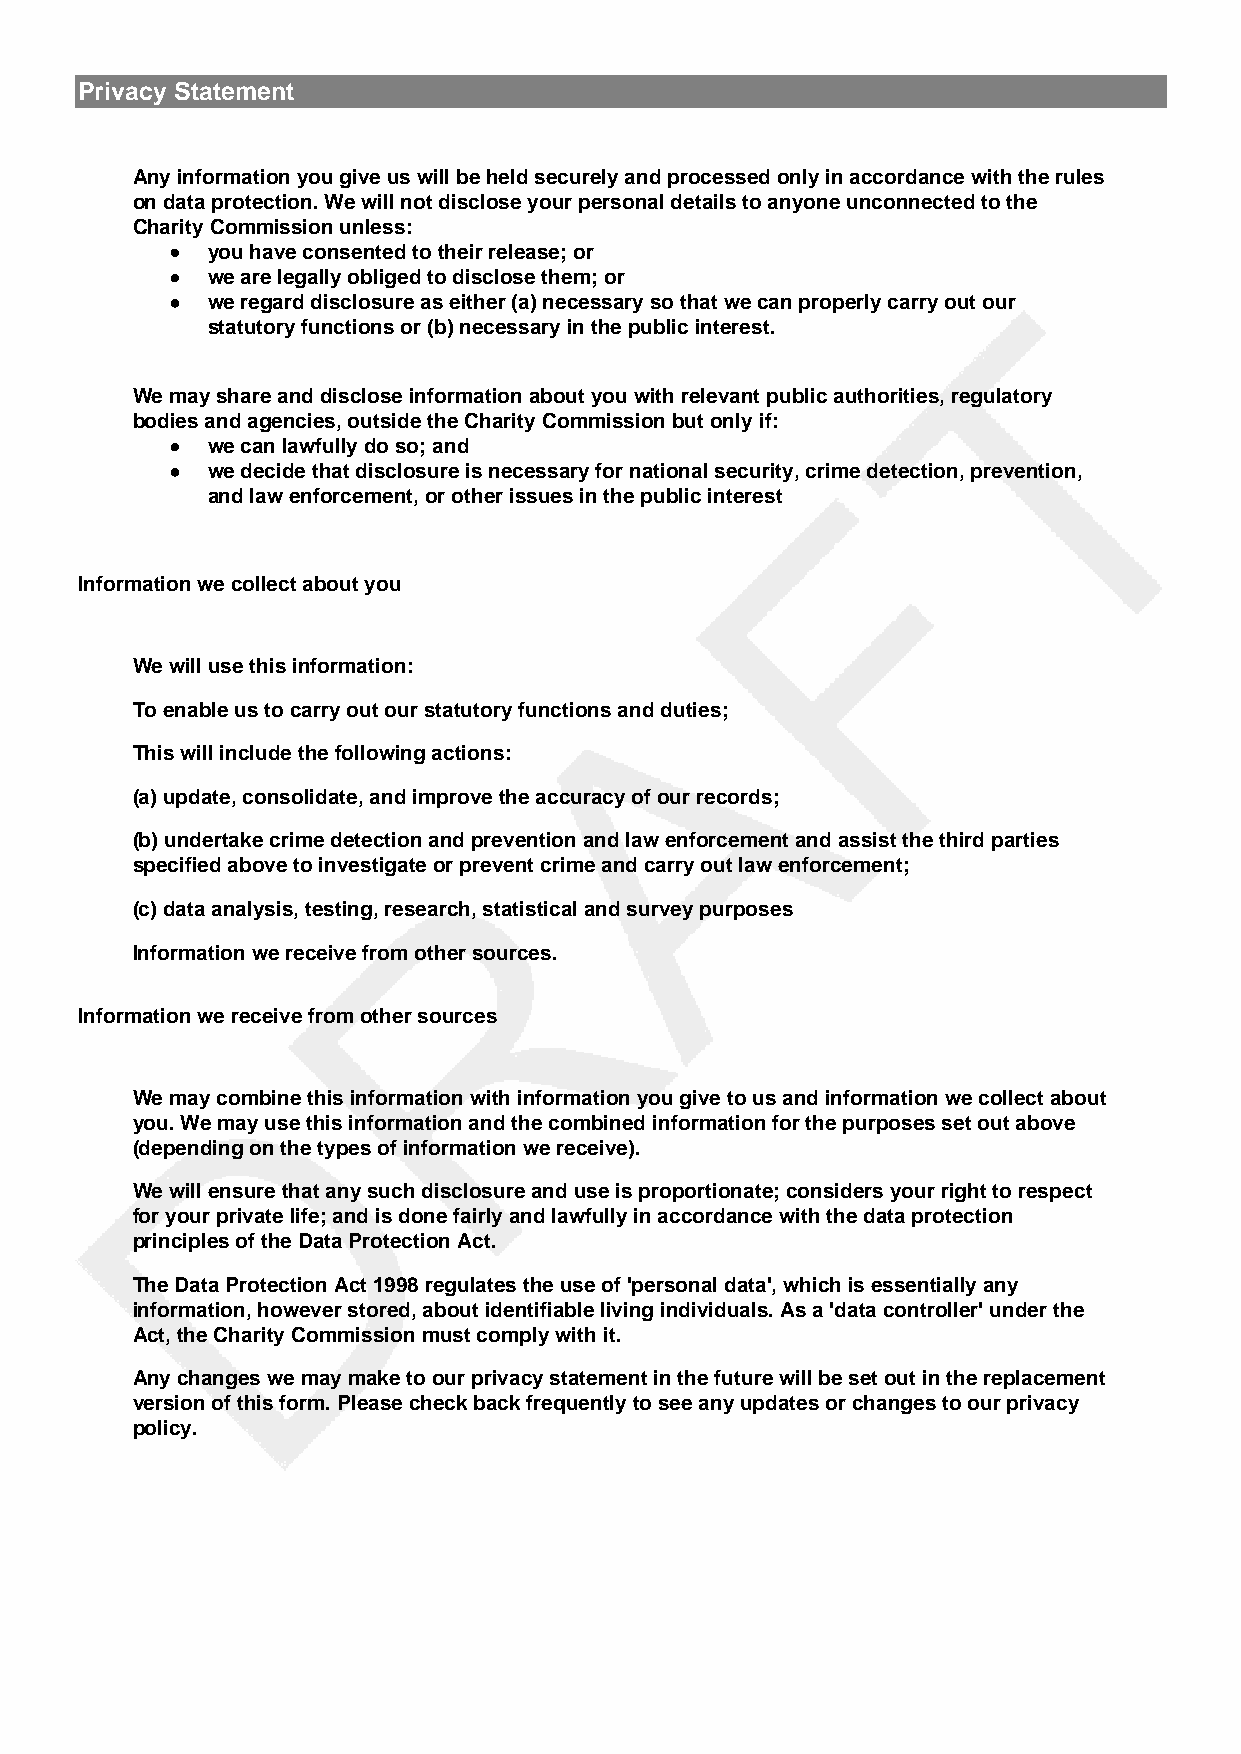
Privacy Statement
 Any information you give us will be held securely and processed only in accordance with the rules
 on data protection. We will not disclose your personal details to anyone unconnected to the
 Charity Commission unless:
 •  you have consented to their release; or
 •  we are legally obliged to disclose them; or
 •  we regard disclosure as either (a) necessary so that we can properly carry out our
 statutory functions or (b) necessary in the public interest.
 We may share and disclose information about you with relevant public authorities, regulatory
 bodies and agencies, outside the Charity Commission but only if:
 •  we can lawfully do so; and
 •  we decide that disclosure is necessary for national security, crime detection, prevention,
 and law enforcement, or other issues in the public interest
 Information we collect about you
 We will use this information:
 To enable us to carry out our statutory functions and duties;
 This will include the following actions:
 (a) update, consolidate, and improve the accuracy of our records;
 (b) undertake crime detection and prevention and law enforcement and assist the third parties
 specified above to investigate or prevent crime and carry out law enforcement;
 (c) data analysis, testing, research, statistical and survey purposes
 Information we receive from other sources.
 Information we receive from other sources
 We may combine this information with information you give to us and information we collect about
 you. We may use this information and the combined information for the purposes set out above
 (depending on the types of information we receive).
 We will ensure that any such disclosure and use is proportionate; considers your right to respect
 for your private life; and is done fairly and lawfully in accordance with the data protection
 principles of the Data Protection Act.
 The Data Protection Act 1998 regulates the use of 'personal data', which is essentially any
 information, however stored, about identifiable living individuals. As a 'data controller' under the
 Act, the Charity Commission must comply with it.
 Any changes we may make to our privacy statement in the future will be set out in the replacement
 version of this form. Please check back frequently to see any updates or changes to our privacy
 policy.